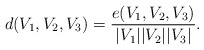
\begin{align*}d(V_1, V_2, V_3)=\frac{e(V_1,V_2,V_3)}{|V_1||V_2||V_3|}.\end{align*}